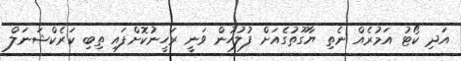
އަދި ކޯޓު އަމުރެއް ނެތި ޔާގޫތުގެއަށް ފުލުހުން ވަނީ ރަހީނުކޮށްފައި ތިބި ކަރެކްޝަނަލް